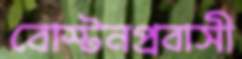
বোস্টনপ্রবাসী